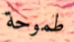
طموحة